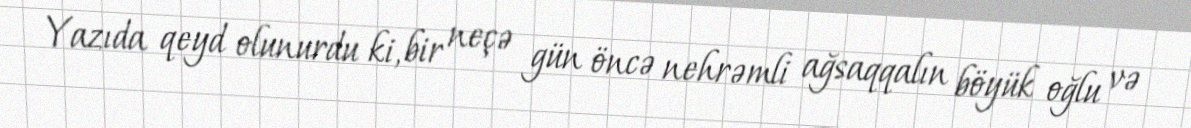
Yazıda qeyd olunurdu ki, bir neçə gün öncə nehrəmli ağsaqqalın böyük oğlu və